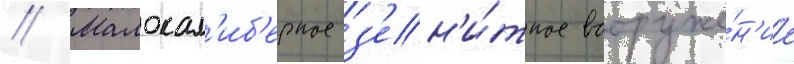
// Малокал'иб'ерное з'ен'и́тное вооруже́н'ие